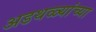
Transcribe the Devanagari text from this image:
अडथळ्यांच्या